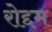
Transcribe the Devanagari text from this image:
रोद्दम